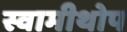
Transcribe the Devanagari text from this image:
स्वामीथोप